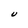
Character: U